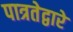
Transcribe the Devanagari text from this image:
पात्रतेद्वारे